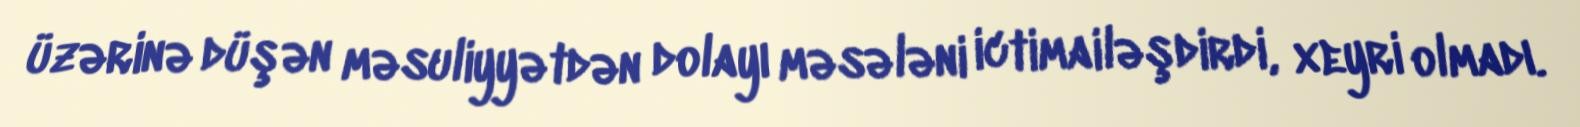
üzərinə düşən məsuliyyətdən dolayı məsələni ictimailəşdirdi, xeyri olmadı.